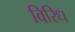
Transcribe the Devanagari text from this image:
विरिध